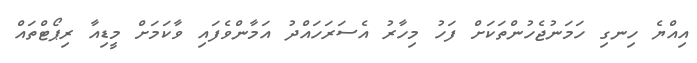
އިއްޔެ ހިނގި ހަމަނުޖެހުންތަކަށް ފަހު މިހާރު އެސަރަހައްދު އަމާންވެފައި ވާކަމަށް މީޑިއާ ރިޕޯޓްތައް